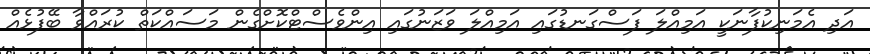
އަދި އެމަނިކުފާނަކީ އަމިއްލަ ފަސްގަނޑުގައި އަމިއްލަ ވަޒަނުގައި އިންވެސްޓްކޮށްގެން މަސައްކަތް ކުރައްވާ ބޭފުޅެއް